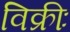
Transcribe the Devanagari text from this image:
विक्रीः